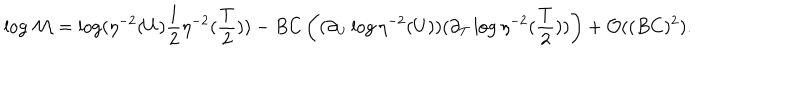
\log { \cal M } = \log ( \eta ^ { - 2 } ( U ) \frac { 1 } { 2 } \eta ^ { - 2 } ( \frac { T } { 2 } ) ) - B C \left( ( \partial _ { U } \log \eta ^ { - 2 } ( U ) ) ( \partial _ { T } \log \eta ^ { - 2 } ( \frac { T } { 2 } ) ) \right) + { \cal O } ( ( B C ) ^ { 2 } ) .